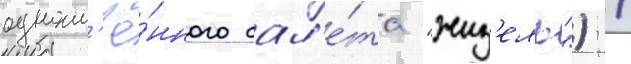
одноим'ё́нного бал'е́та "жиз'ель") /